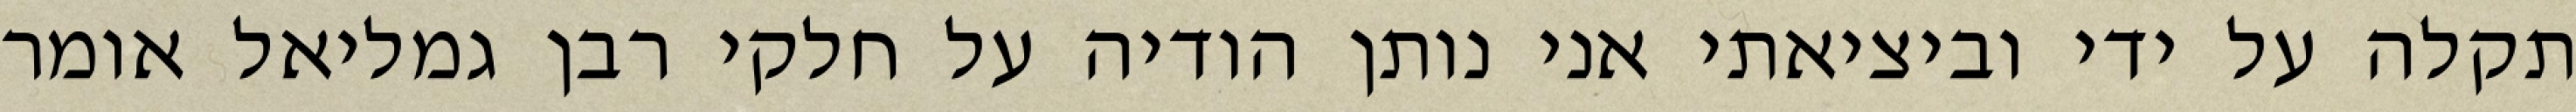
תקלה על ידי וביציאתי אני נותן הודיה על חלקי רבן גמליאל אומר